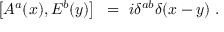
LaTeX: \left[ A ^ { a } ( x ) , E ^ { b } ( y ) \right] ~ = ~ i \delta ^ { a b } \delta ( x - y ) \; .